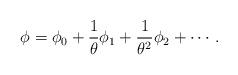
LaTeX: \begin{align*}\phi=\phi_{0}+{1\over\theta}\phi_{1}+{1\over\theta^2}\phi_{2}+\cdots .\end{align*}